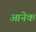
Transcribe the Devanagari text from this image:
आनेक